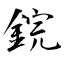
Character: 鋎